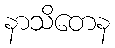
နာသိတေန